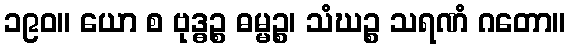
၁၉၀။ ယော စ ဗုဒ္ဓဉ္စ ဓမ္မဉ္စ၊ သံဃဉ္စ သရဏံ ဂတော။